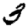
Digit: 3